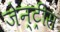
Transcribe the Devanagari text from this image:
जेन्ट्रीस